Vaccination in Bombay 1913-1923 - 1913-1923
Year: 1913
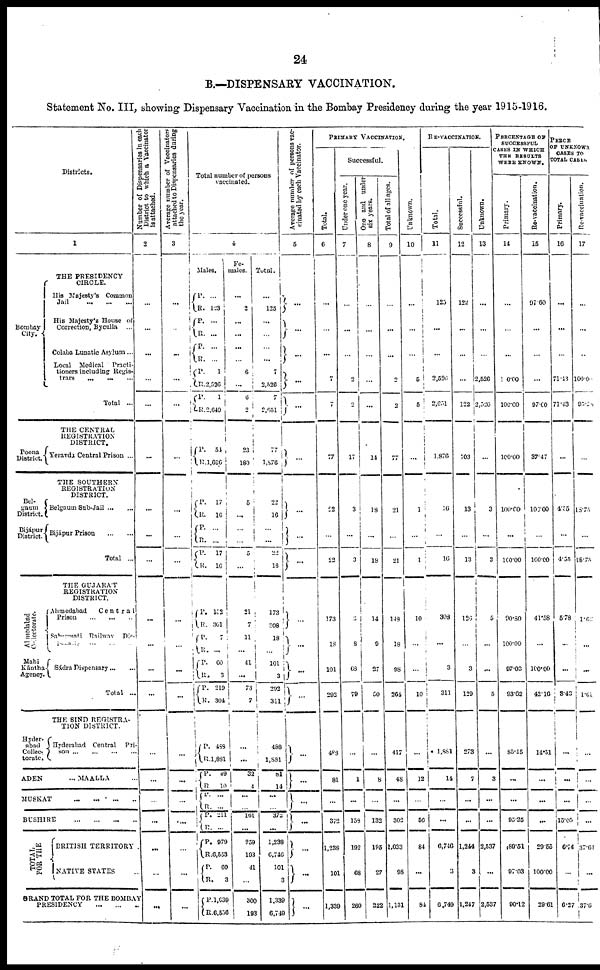
24
B.—DISPENSARY VACCINATION.
Statement No. III, showing Dispensary Vaccination in the Bombay Presidency during the year 1915-1916.
Districts.
1
THE PRESIDENCY
CIRCLE.
Bombay
City.
His Majesty's Common
Jail
... ... ...
His Majesty's House of
Correction, Byculla ...
Colaba Lunatic Asylum...
Local Medical
Practi-
tioners including Regis-
trars
... ... ...
Total ...
THE CENTRAL
REGISTRATION
DISTRICT.
Poona
District. Yeravda Central Prison ...
THE SOUTHERN
REGISTRATION
DISTRICT.
Bel¬
gaum
District.
Bijápur.
District.
Belgaum Sub-Jail ... ...
Bijápur Prison
...
...
Total ...
THE GUJARAT
REGISTRATION
DISTRICT.
Ahmedabad
Cllectorate.
Mahi
Kántha
Agency.
Ahmedabad
Central
Prison
...
...
...
Sabarmati Railway Dis¬
trict. ... ... ...
Sádra Dispensary ... ...
Total ...
THE SIND REGISTRA-
TION DISTRICT.
Hyder-
abad
Collec¬
torate.
ADEN...
Hyderabad Central
Pri¬
son
...
...
...
...
MAALLA ...
MUSKAT
...
...
...
...
BUSHIRE
...
...
...
...
T OTAL
FOR THE
BRITISH TERRITORY.
NATIVE STATES ...
GRAND TOTAL FOR THE BOMBAY
PRESIDENCY
...
...
...
Number of Dispensaries in each
District to which a vaccinator
is attached.
2
...
...
...
...
...
...
...
...
...
...
...
...
...
...
...
...
...
...
...
...
Average number of Vaccinatore
attached to Dispensaries during
the year.
3
...
...
...
...
...
...
...
...
...
...
...
...
...
...
...
...
...
...
...
...
Total number of persons
vaccinated.
4
Males.
P.
R.
P.
R.
P.
R.
P.
R.
P.
R.
...
123
...
...
...
...
1
2,526
1
2,649
P.
R.
54
1,696
P.
R.
P.
R.
P.
R.
17
16
...
...
17
16
P.
R.
P.
R.
P.
R.
P.
R.
152
301
7
...
60
3
210
304
P.
R.
P.
R.
P.
R.
P.
R.
P.
R.
P.
R.
P.
R.
488
1,881
49
10
...
...
211
...
979
6,553
60
3
1,639
6,556
Fe-
males.
...
2
...
...
...
...
6
...
6
2
23
180
5
...
...
...
5
...
21
7
11
...
41
...
73
7
...
...
32
4
...
...
161
...
559
193
41
...
300
193
Total.
...
125
...
...
...
...
7
2,526
7
2,651
77
1,876
22
16
...
...
22
16
173
308
18
...
101
3
292
311
488
1,881
81
14
...
...
372
...
1,238
6,746
101
3
1,339
6,749
Average number of persons vac¬
cinated by each Vaccinator.
5
...
...
...
...
...
...
...
...
...
...
...
...
...
...
...
...
...
...
...
...
PRIMARY VACCINATION.
Total.
6
...
...
...
7
7
77
22
...
22
173
18
101
292
488
81
...
372
1,238
101
1,339
Successful.
Under one year.
7
...
...
...
2
2
17
3
...
3
3
8
68
79
...
1
...
158
192
68
260
One and under
six years.
8
...
...
...
...
...
14
13
...
18
14
9
27
50
...
8
...
132
195
27
222
Total of all ages.
9
...
...
...
2
2
77
21
...
21
148
18
98
264
417
48
...
302
1,033
98
1,131
Unknown.
10
...
...
...
5
5
...
1
...
1
10
...
...
10
...
12
...
56
84
...
84
RE-VACCINATION.
Total.
11
125
...
...
2,526
2,651
1,876
16
...
16
308
...
3
311
1,881
14
...
...
6,746
3
6,749
Successful.
12
122
...
...
...
122
703
13
...
13
126
...
3
129
273
7
...
...
1,244
3
1,247
Unknown.
13
...
...
...
2,526
2,526
...
3
...
3
5
...
...
5
...
3
...
...
2,537
...
2,537
PERCENTAGE OF
SUCCESSFUL
CASES IN WHICH
THE RESULTS
WERE KNOWN.
Primary.
14
...
...
...
100.00
100.00
100.00
100.00
...
100.00
90.80
100.00
97.03
93.62
85.45
...
...
95.25
89.51
97.03
90.12
Re-vaccination.
15
97.60
...
...
...
97.60
37.47
100.00
...
100.00
41.58
...
100.00
42.16
14.51
...
...
...
29.55
100.00
29.61
PERCE
OF UNKNOWN
CASES TO
TOTAL CASES
Primary.
16
...
...
...
71.43
71.43
...
4.55
...
4.55
5.78
...
...
3.43
...
...
...
15.05
6.74
...
6.27
Re-vaccination.
17
...
...
..
100.00
95.28
...
18.75
...
18.75
1. 62
...
...
1.61
...
...
...
...
37.61
...
37.6